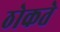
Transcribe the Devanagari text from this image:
ठोकते